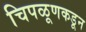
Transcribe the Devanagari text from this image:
चिपळूणकडून